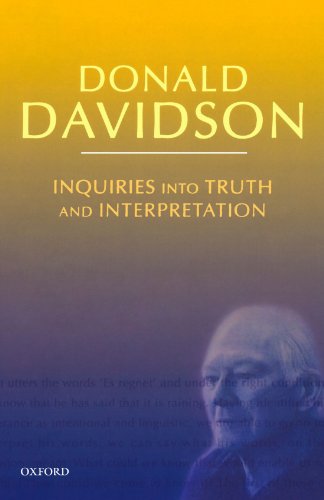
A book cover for Inquiries into Truth and Interpretation (Philosophical Essays of Donald Davidson); Donald Davidson; Reference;